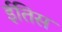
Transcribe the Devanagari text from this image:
ईतिस